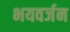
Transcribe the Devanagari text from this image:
भयवर्जन